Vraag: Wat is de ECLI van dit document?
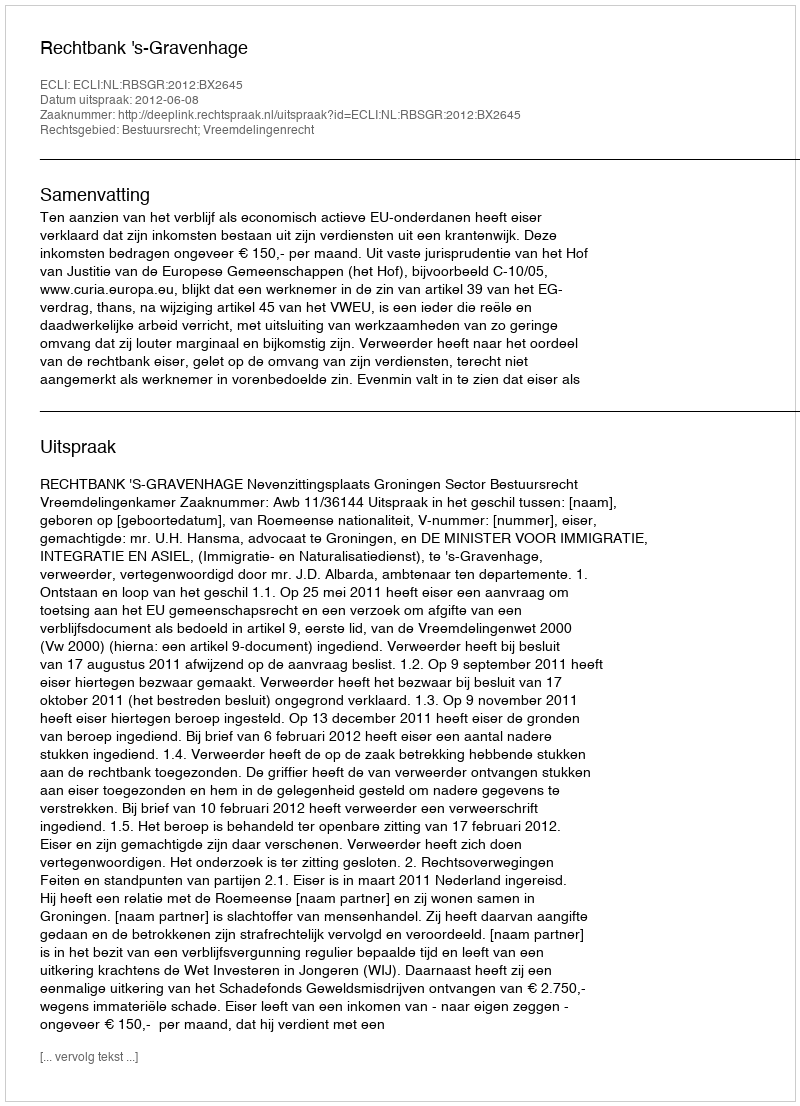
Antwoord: ECLI:NL:RBSGR:2012:BX2645